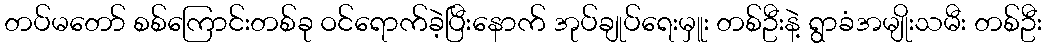
တပ်မတော် စစ်ကြောင်းတစ်ခု ဝင်ရောက်ခဲ့ပြီးနောက် အုပ်ချုပ်ရေးမှူး တစ်ဦးနဲ့ ရွာခံအမျိုးသမီး တစ်ဦး